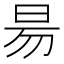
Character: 昜